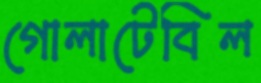
গোলাটেবিল